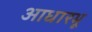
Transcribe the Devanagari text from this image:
आधारभू